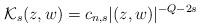
LaTeX: \begin{align*}\mathcal{K}_s(z,w)= c_{n,s} |(z,w)|^{-Q-2s}\end{align*}